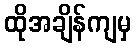
ထိုအချိန်ကျမှ